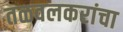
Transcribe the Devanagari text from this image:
तळवलकरांचा